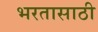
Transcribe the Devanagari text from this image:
भरतासाठी